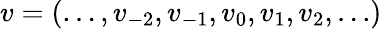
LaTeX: v=(\ldots,v_{-2},v_{-1},v_{0},v_{1},v_{2},\ldots)